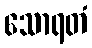
သောရတံ